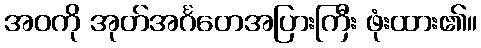
အဝကို အုတ်အင်္ဂတေအပြားကြီး ဖုံးထား၏။